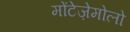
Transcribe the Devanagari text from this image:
मोंटेज़ेमोलो